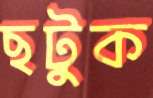
ছটুক